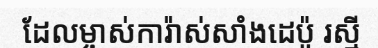
ដែលម្ចាស់ការ៉ាស់សាំងដេប៉ូ រស្មី